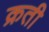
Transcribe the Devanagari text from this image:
क्रती